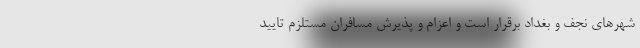
شهرهای نجف و بغداد برقرار است و اعزام و پذیرش مسافران مستلزم تایید